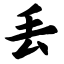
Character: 丢